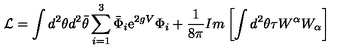
{ \cal { L } } = \int d ^ { 2 } \theta d ^ { 2 } { \bar { \theta } } \sum _ { i = 1 } ^ { 3 } { \bar { \Phi } } _ { i } \mathrm { e } ^ { 2 g V } \Phi _ { i } + \frac { 1 } { 8 \pi } I m \left[ \int d ^ { 2 } \theta \tau W ^ { \alpha } W _ { \alpha } \right]